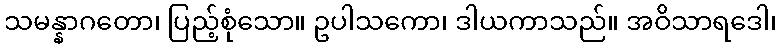
သမန္နာဂတော၊ ပြည့်စုံသော။ ဥပါသကော၊ ဒါယကာသည်။ အဝိသာရဒေါ၊